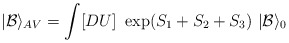
\begin{align*}|{\cal B}\rangle_{AV} = \int [DU]\ \exp(S_1+S_2+S_3)\ |{\cal B}\rangle_0\end{align*}